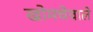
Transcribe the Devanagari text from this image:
खोमचेवाले